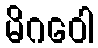
မိဂဝေါ